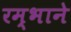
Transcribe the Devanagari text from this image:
रम्भाने